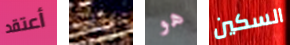
أعتقد سنأخذ هو السكين